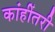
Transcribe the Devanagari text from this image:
कांहींतरी